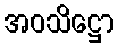
အဝသိဋ္ဌော